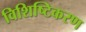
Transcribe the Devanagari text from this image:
विशिष्टिकरण